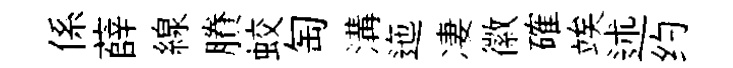
係薛線賸蛟匋溝迤凄徽確竢述约